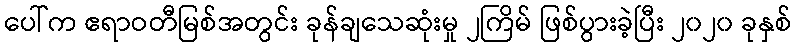
ပေါ်က ဧရာဝတီမြစ်အတွင်း ခုန်ချသေဆုံးမှု ၂ကြိမ် ဖြစ်ပွားခဲ့ပြီး ၂၀၂၀ ခုနှစ်